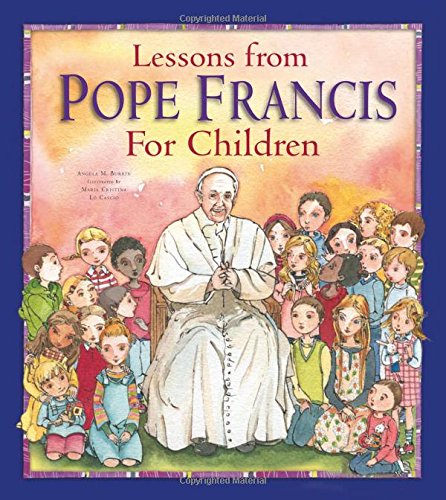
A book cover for Lessons from Pope Francis for Children; Angela Burrin; Christian Books & Bibles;